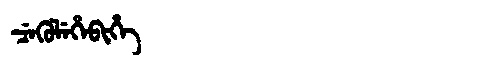
Manchu: ᠴᡝᡴᡠᠯᡝᡥᡝᠪᡳᡥᡝ
Romanization: CEKULEHEBIHE